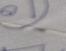
Signature authenticity: forged